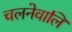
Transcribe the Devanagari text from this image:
चलनेवालि